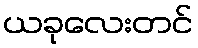
ယခုလေးတင်